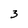
Character: 3